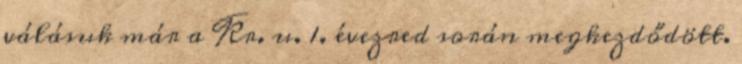
válásuk már a Kr. u. 1. évezred során megkezdődött.